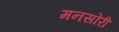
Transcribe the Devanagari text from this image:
मनसोरी